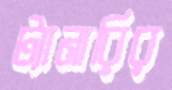
ট্যানারির